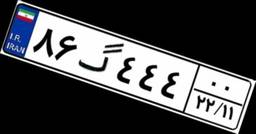
۸۶گ۴۴۴۰۰